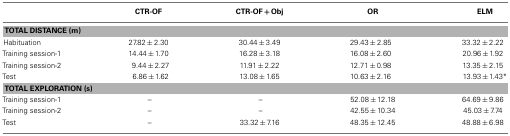
<table><thead><tr><td>[EMPTY_CELL]</td><td><b>CTR-OF</b></td><td><b>CTR-OF + Obj</b></td><td><b>OR</b></td><td><b>ELM</b></td></tr></thead><tbody><tr><td colspan="5"><b>TOTAL DISTANCE (m)</b></td></tr><tr><td>Habituation</td><td>27.82 ± 2.30</td><td>30.44 ± 3.49</td><td>29.43 ± 2.85</td><td>33.32 ± 2.22</td></tr><tr><td>Training session-1</td><td>14.44 ± 1.70</td><td>16.28 ± 3.18</td><td>16.08 ± 2.60</td><td>20.96 ± 1.92</td></tr><tr><td>Training session-2</td><td>9.44 ± 2.27</td><td>11.91 ± 2.22</td><td>12.71 ± 0.98</td><td>13.35 ± 2.15</td></tr><tr><td>Test</td><td>6.86 ± 1.62</td><td>13.08 ± 1.65</td><td>10.63 ± 2.16</td><td>13.93 ± 1.43*</td></tr><tr><td colspan="5"><b>TOTAL EXPLORATION (s)</b></td></tr><tr><td>Training session-1</td><td>–</td><td>–</td><td>52.08 ± 12.18</td><td>64.69 ± 9.86</td></tr><tr><td>Training session-2</td><td>–</td><td>–</td><td>42.55 ± 10.34</td><td>45.03 ± 7.74</td></tr><tr><td>Test</td><td>–</td><td>33.32 ± 7.16</td><td>48.35 ± 12.45</td><td>48.88 ± 6.98</td></tr></tbody></table>